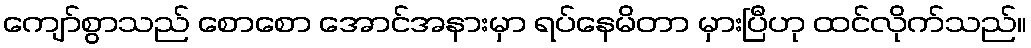
ကျော်စွာသည် စောစော အောင်အနားမှာ ရပ်နေမိတာ မှားပြီဟု ထင်လိုက်သည်။